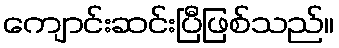
ကျောင်းဆင်းပြီဖြစ်သည်။